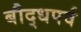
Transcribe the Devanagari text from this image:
बौद्धपर्व